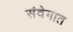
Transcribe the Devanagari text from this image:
संवेगात